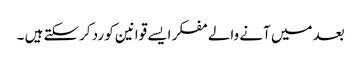
بعد میں آنے والے مفکر ایسے قوانین کو رد کرسکتے ہیں ۔